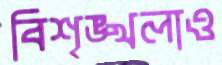
বিশৃঙ্খলাও